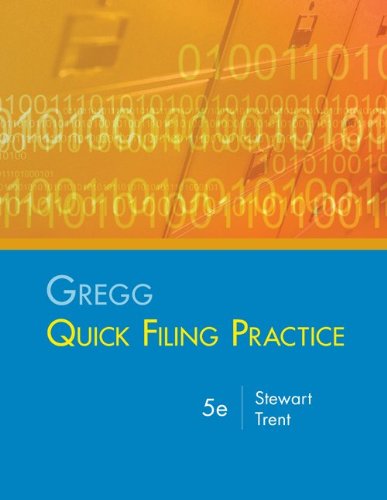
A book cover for Gregg Quick Filing Practice Kit; Jeffrey Stewart; Business & Money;